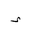
Letter: _hamza